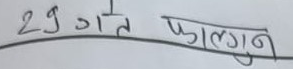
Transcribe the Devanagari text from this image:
२९ गते फाल्गुन